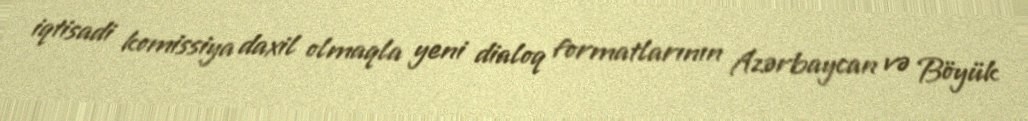
iqtisadi komissiya daxil olmaqla yeni dialoq formatlarının Azərbaycan və Böyük